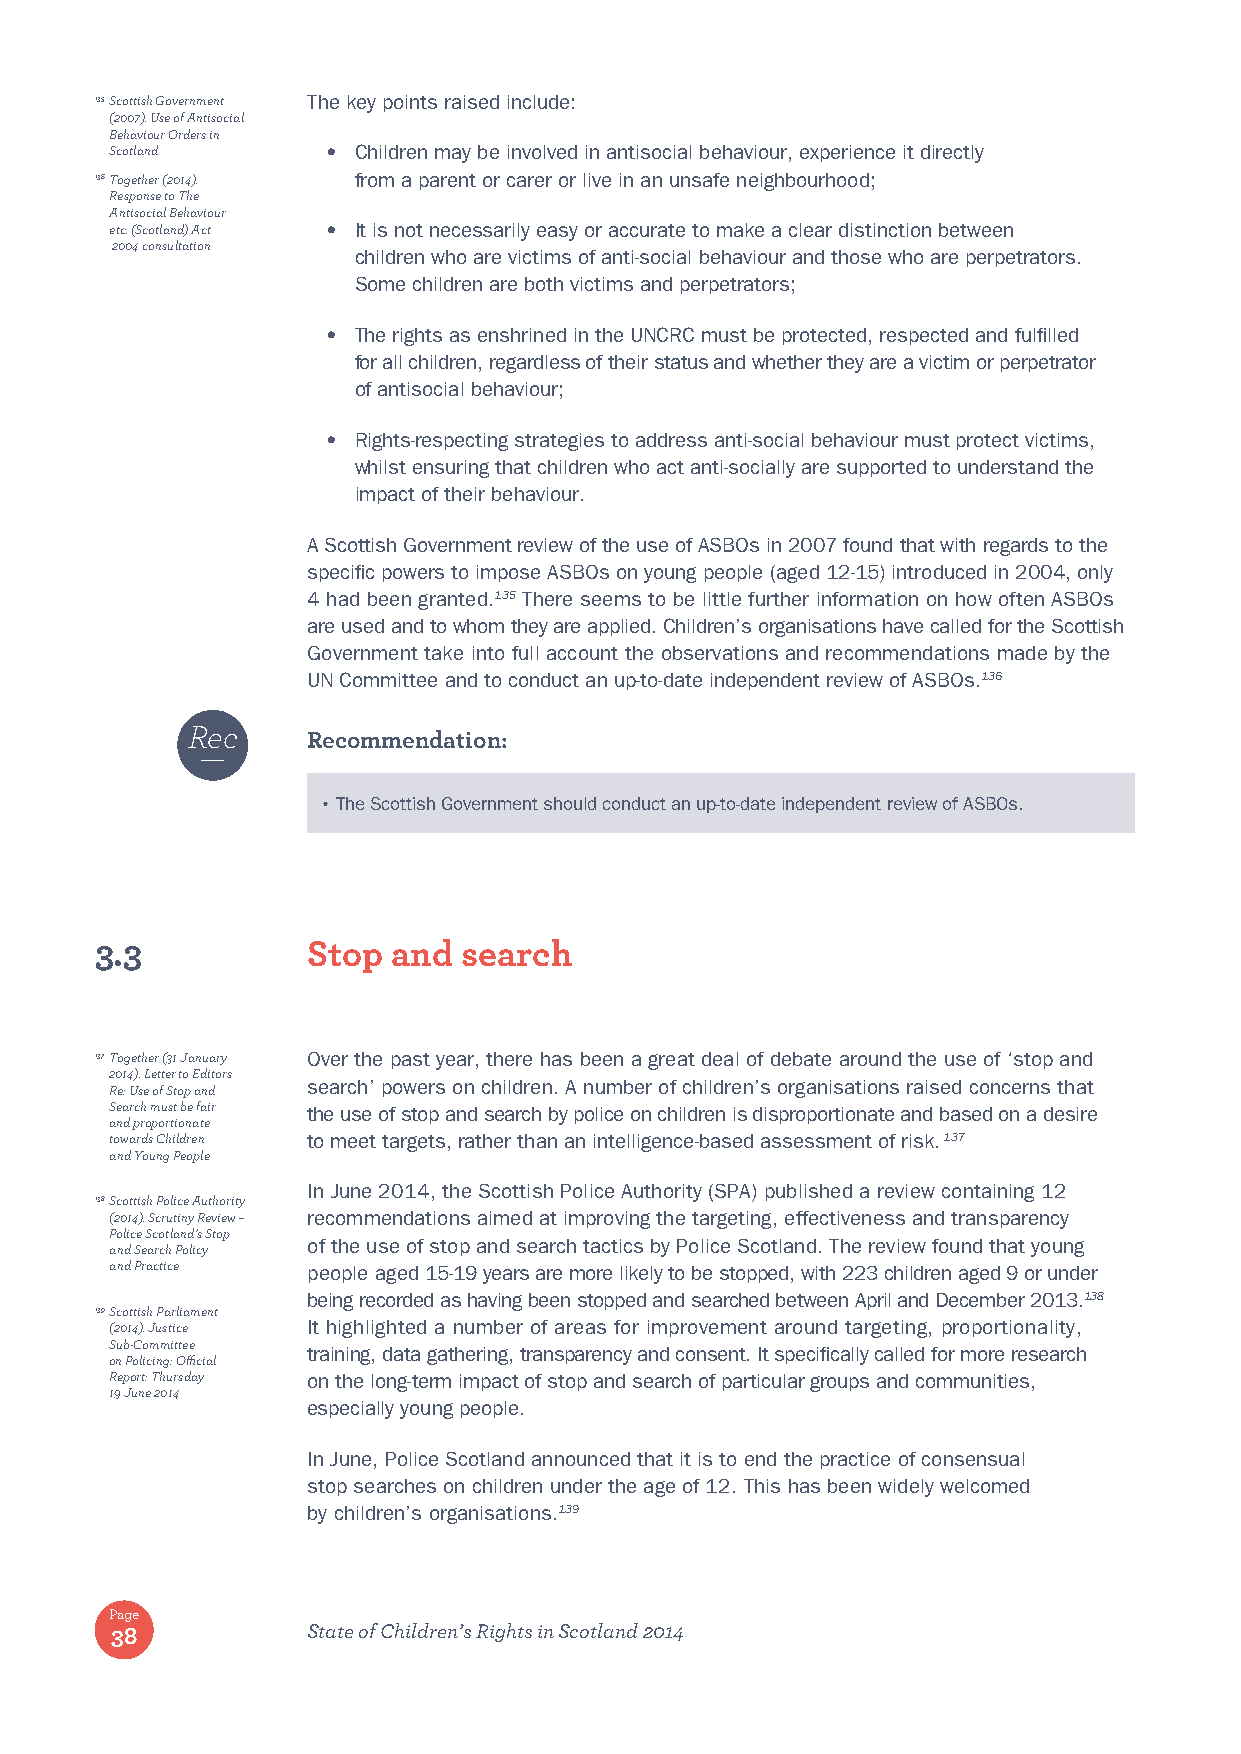
135 Scottish Government The key points raised include:
 (2007). Use of Antisocial
 Behaviour Orders in
 Scotland       • Children may be involved in antisocial behaviour, experience it directly
 136 Together (2014). from a parent or carer or live in an unsafe neighbourhood;
 Response to The
 Antisocial Behaviour
 etc. (Scotland) Act • It is not necessarily easy or accurate to make a clear distinction between
 2004 consultation
 children who are victims of anti-social behaviour and those who are perpetrators.
 Some children are both victims and perpetrators;
 • The rights as enshrined in the UNCRC must be protected, respected and fulfilled
 for all children, regardless of their status and whether they are a victim or perpetrator
 of antisocial behaviour;
 • Rights-respecting strategies to address anti-social behaviour must protect victims,
 whilst ensuring that children who act anti-socially are supported to understand the
 impact of their behaviour.
 A Scottish Government review of the use of ASBOs in 2007 found that with regards to the
 specific powers to impose ASBOs on young people (aged 12-15) introduced in 2004, only
 4 had been granted.135 There seems to be little further information on how often ASBOs
 are used and to whom they are applied. Children’s organisations have called for the Scottish
 Government take into full account the observations and recommendations made by the
 UN Committee and to conduct an up-to-date independent review of ASBOs.136
 Rec
 Recommendation:
 • T he Scottish Government should conduct an up-to-date independent review of ASBOs.
 3.3           Stop  and  search
 137 Together (31 January Over the past year, there has been a great deal of debate around the use of ‘stop and
 2014). Letter to Editors
 search’ powers on children. A number of children’s organisations raised concerns that
 Re: Use of Stop and
 Search must be fair the use of stop and search by police on children is disproportionate and based on a desire
 and proportionate
 towards Children to meet targets, rather than an intelligence-based assessment of risk. 137
 and Young People
 In June 2014, the Scottish Police Authority (SPA) published a review containing 12
 138 Scottish Police Authority
 (2014). Scrutiny Review – recommendations aimed at improving the targeting, effectiveness and transparency
 Police Scotland’s Stop
 of the use of stop and search tactics by Police Scotland. The review found that young
 and Search Policy
 and Practice people aged 15-19 years are more likely to be stopped, with 223 children aged 9 or under
 being recorded as having been stopped and searched between April and December 2013.138
 139 Scottish Parliament
 (2014). Justice It highlighted a number of areas for improvement around targeting, proportionality,
 Sub-Committee
 training, data gathering, transparency and consent. It specifically called for more research
 on Policing: Official
 Report: Thursday on the long-term impact of stop and search of particular groups and communities,
 19 June 2014
 especially young people.
 In June, Police Scotland announced that it is to end the practice of consensual
 stop searches on children under the age of 12. This has been widely welcomed
 by children’s organisations.139
 Page
 38           State of Children’s Rights in Scotland 2014